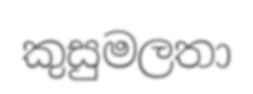
කුසුමලතා